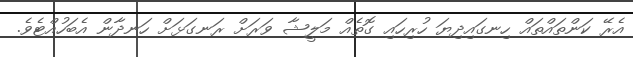
އެރޭ ކަންތައްތައް ހިނގައިދިޔަ ހުރިހައި ގޮތެއް މަލީޝާ ވަރަށް ރަނގަޅަށް ހަނދާން އެބަހުއްޓެވެ.